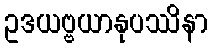
ဥဒယဗ္ဗယာနုပဿိနာ